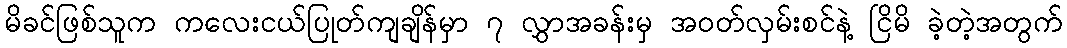
မိခင်ဖြစ်သူက ကလေးငယ်ပြုတ်ကျချိန်မှာ ၇ လွှာအခန်းမှ အဝတ်လှမ်းစင်နဲ့ ငြိမိ ခဲ့တဲ့အတွက်